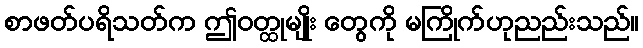
စာဖတ်ပရိသတ်က ဤဝတ္ထုမျိုး တွေကို မကြိုက်ဟုညည်းသည်။